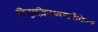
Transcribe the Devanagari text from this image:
विसुद्धिमग्गदीपिका